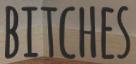
BITCHES